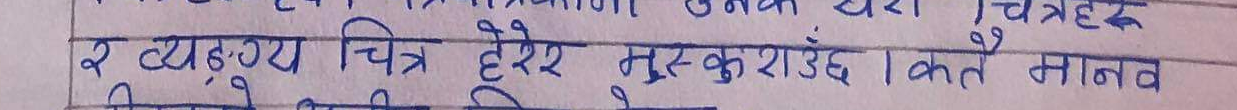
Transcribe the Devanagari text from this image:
र व्यङ्ग्य चित्र हेरेर मुस्कुराउँ । कतै मानव